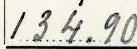
134.90